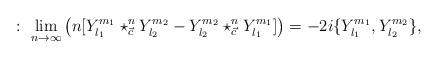
LaTeX: \begin{align*}\ \ \quad\ \ :\ \lim_{n\rightarrow\infty}\left( n[Y_{l_{1}}^{m_{1}}\star_{\vec{c}}^{n}Y_{l_{2}}^{m_{2}}-Y_{l_{2}}^{m_{2}}\star_{\vec{c}}^{n}Y_{l_{1}}^{m_{1}}]\right) =-2i\{Y_{l_{1}}^{m_{1}},Y_{l_{2}}^{m_{2}}\},\end{align*}